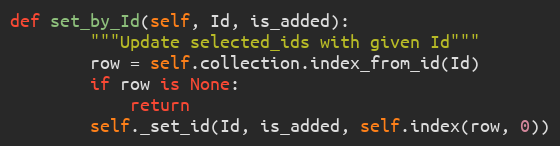
Language: Python
def set_by_Id(self, Id, is_added):
        """Update selected_ids with given Id"""
        row = self.collection.index_from_id(Id)
        if row is None:
            return
        self._set_id(Id, is_added, self.index(row, 0))